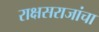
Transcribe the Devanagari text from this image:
राक्षसराजांचा